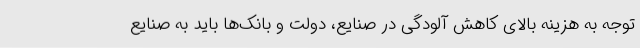
توجه به هزینه بالای کاهش آلودگی در صنایع، دولت و بانک‌ها باید به صنایع